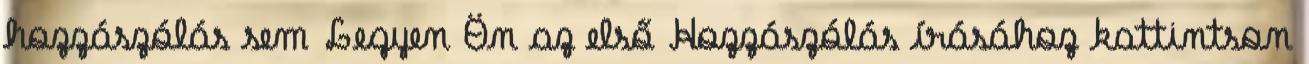
hozzászólás sem Legyen Ön az első Hozzászólás írásához kattintson